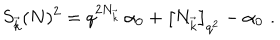
LaTeX: S _ { \vec { k } } ( N ) ^ { 2 } = q ^ { 2 N _ { \vec { k } } } \, \alpha _ { 0 } + \left[ N _ { \vec { k } } \right] _ { q ^ { 2 } } - \alpha _ { 0 } \, \, .